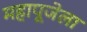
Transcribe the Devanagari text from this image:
महापूजेला